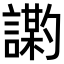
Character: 𫍍